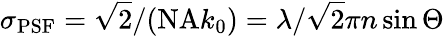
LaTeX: \sigma_{\mathrm{PSF}}=\sqrt{2}/(\mathrm{NA}k_{0})=\lambda/\sqrt{2}\pi n\sin\Theta